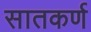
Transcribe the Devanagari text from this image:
सातकर्ण